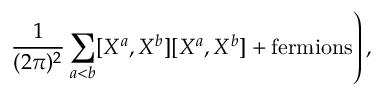
\left. \frac { 1 } { ( 2 \pi ) ^ { 2 } } \sum _ { a < b } [ X ^ { a } , X ^ { b } ] [ X ^ { a } , X ^ { b } ] + \mathrm { f e r m i o n s } \right) ,